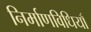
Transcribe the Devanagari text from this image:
निर्माणविधियाँ